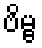
ဗိမ္ဗ